Report of the Indian Hemp Drugs Commission, 1894-1895 - Volume VII
Year: 1894
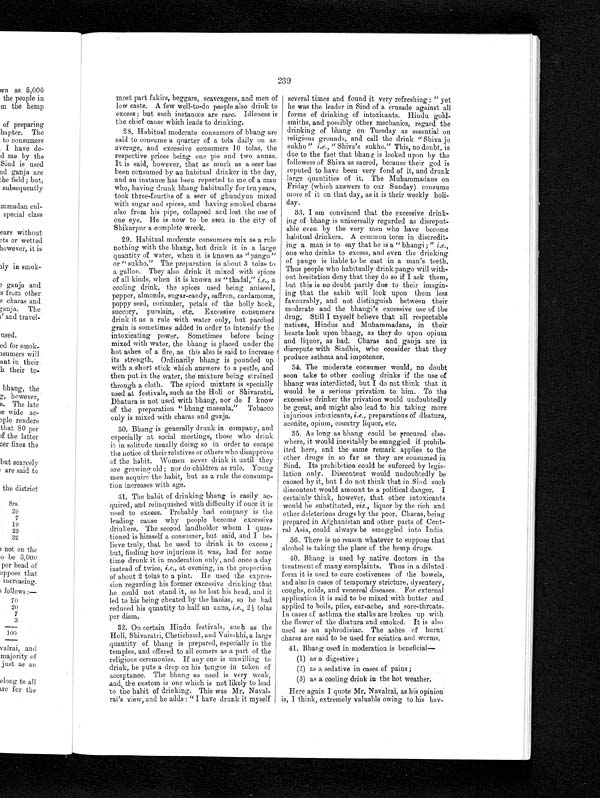
239
most part fakirs, beggars, scavengers, and men of
low caste. A few well-to-do people also drink to
excess; but such instances are rare. Idleness is
the chief cause which leads to drinking.
28. Habitual moderate consumers of bhang are
said to consume a quarter of a tola daily on an
average, and excessive consumers 10 tolas, the
respective prices being one pie and two annas.
It is said, however, that as much as a seer has
been consumed by an habitual drinker in the day,
and an instance has been reported to me of a man
who, having drunk bhang habitually for ten years,
took three-fourths of a seer of ghundyun mixed
with sugar and spices, and having smoked charas
also from his pipe, collapsed and lost the use of
one eye. He is now to be seen in the city of
Shikarpur a complete wreck.
29. Habitual moderate consumers mix as a rule
nothing with the bhang, but drink it in a large
quantity of water, when it is known as "pango"
or " sukho." The preparation is about 3 tolas to
a gallon. They also drink it mixed with spices
of all kinds, when it is known as " thadal," i.e., a
cooling drink, the spices used being aniseed,
pepper, almonds, sugar-candy, saffron, cardamoms,
poppy seed, coriander, petals of the holly hock,
succory, purslain, etc. Excessive consumers
drink it as a rule with water only, but parched
grain is sometimes added in order to intensify the
intoxicating power. Sometimes before being
mixed with water, the bhang is placed under the hot ashes of a fire, as this also is said to increase
its strength. Ordinarily bhang is pounded up
with a short stick which answers to a pestle, and
then put in the water, the mixture being strained
through a cloth. The spiced mixture is specially
used at festivals, such as the Holi or Shivaratri.
Dhatura is not used with bhang, nor do I know
of the preparation " bhang massala." Tobacco
only is mixed with charas and ganja.
30. Bhang is generally drunk in company, and
especially at social meetings, those who drink
it in solitude usually doing so in order to escape
the notice of their relatives or others who disapprove
of the habit. Women never drink it until they
are growing old; nor do children as rule. Young
men acquire the habit, but as a rule the consump-
tion increases with age.
31. The habit of drinking bhang is easily ac-
quired, and relinquished with difficulty if once it is
used to excess. Probably bad company is the
leading cause why people become excessive
drinkers. The second landholder whom 1 ques
¬tioned is himself a consumer, but said, and I be-
lieve truly, that he used to drink it to excess ;
but, finding how injurious it was, had for some
time drunk it in moderation only, and once a day
instead of twice, i. e., at evening, in the proportion
of about 2 tolas to a pint. He used the expres-
sion regarding his former excessive drinking that
he could not stand it, as he lost his head, and it
led to his being cheated by the banias, so he had
reduced his quantity to half an anna, i.e . , 2 1/ 2 t ol as
per diem.
32. On certain Hindu festivals, such as the
Holi, Shivaratri, Chetichand, and Vaisakhi, a large
quantity of bhang is prepared, especially in the
temples, and offered to all comers as a part of the
religious ceremonies. If any one is unwilling to
drink, he puts a drop on his tongue in token of
acceptance. The bhang so used is very weak,
and, the custom is one which is not likely to lead
to the habit of drinking. This was Mr. Naval-
rai's view, and he adds : "I have drunk it myself
several times and found it very refreshing : " yet
he was the leader in Sind of a crusade against all
forms of drinking of intoxicants. Hindu gold-
smiths, and possibly other mechanics, regard the
drinking of bhang on Tuesday as essential on
religious grounds, and call the drink "Shiva jo
sukho " i.e., " Shiva's sukho." This, no doubt, is
due to the fact that bhang is looked upon by the
followers of Shiva as sacred, because their god is
reputed to have been very fond of it, and drunk
large quantities of it. The Muhammadans on
Friday (which answers to our Sunday) consume
more of it on that day, as it is their weekly holi-
day.
33. I am convinced that the excessive drink-
ing of bhang is universally regarded as disreput-
able even by the very men who have become
habitual drinkers. A common term in discredit-
ing a man is to say that he is a " bhangi ; " i .e.,
one who drinks to excess, and even the drinking
of pango is liable to be cast in a man's teeth.
Thus people who habitually drink pango will with-
out hesitation deny that they do so if I ask them,
but this is no doubt partly due to their imagin-
ing that the sahib will look upon them less
favourably, and not distinguish between their
moderate and the bhangi's excessive use of the
drug. Still I myself believe that all respectable
natives, Hindus and Muhammadans, in their
hearts look upon bhang, as they do upon opium
and liquor, as bad. Charas and ganja are in
disrepute with Sindhis, who consider that they
produce asthma and impotence.
34. The moderate consumer would, no doubt
soon take to other cooling drinks if the use of
bhang was interdicted, but I do not think that it
would be a serious privation to him. To the
excessive drinker the privation would undoubtedly
be great, and might also lead to his taking more
injurious intoxicants, i.e., preparations of dhatura,
aconite, opium, country liquor, etc.
35. As long as bhang could be procured else-
where, it would inevitably be smuggled if prohib-
ited here, and the same remark applies to the
other drugs in so far as they are consumed in
Sind. Its prohibition could be enforced by legis-
lation only. Discontent would undoubtedly be
caused by it, but I do not think that in Sind such
discontent would amount to a political danger. I
certainl y think, however, that other intoxicants
would be substituted, viz., liquor by the rich and
other deleterious drugs by the poor. Charas, being
prepared in Afghanistan and other parts of Cent-
ral Asia, could always be smuggled into India.
36. There is no reason whatever to suppose that
alcohol is taking the place of the hemp drugs.
40. Bhang is used by native doctors in the
treatment of many complaints. Thus in a diluted
form it is used to cure costiveness of the bowels,
and also in cases of temporary stricture, dysentery,
coughs, colds, and venereal diseases. For external
application it is said to be mixed with butter and
applied to boils, piles, ear-ache, and sore-throats.
In cases of asthma the stalks are broken up with
the flower of the dhatura and smoked. It is also
used as an aphrodisiac. The ashes of burnt
charas are said to be used for sciatica and worms.
41. Bhang used in moderation is beneficial
(1) as a digestive ;
(2) as a sedative in cases of pains ;
(3) as a cooling drink in the hot weather.
Here again I quote Mr. Navalrai, as his opinion
is, I think, extremely valuable owing to his hav-